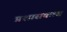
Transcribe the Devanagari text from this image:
प्रशासकत्व